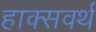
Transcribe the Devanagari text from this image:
हाक्सवर्थ